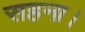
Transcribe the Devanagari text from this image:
सहना।